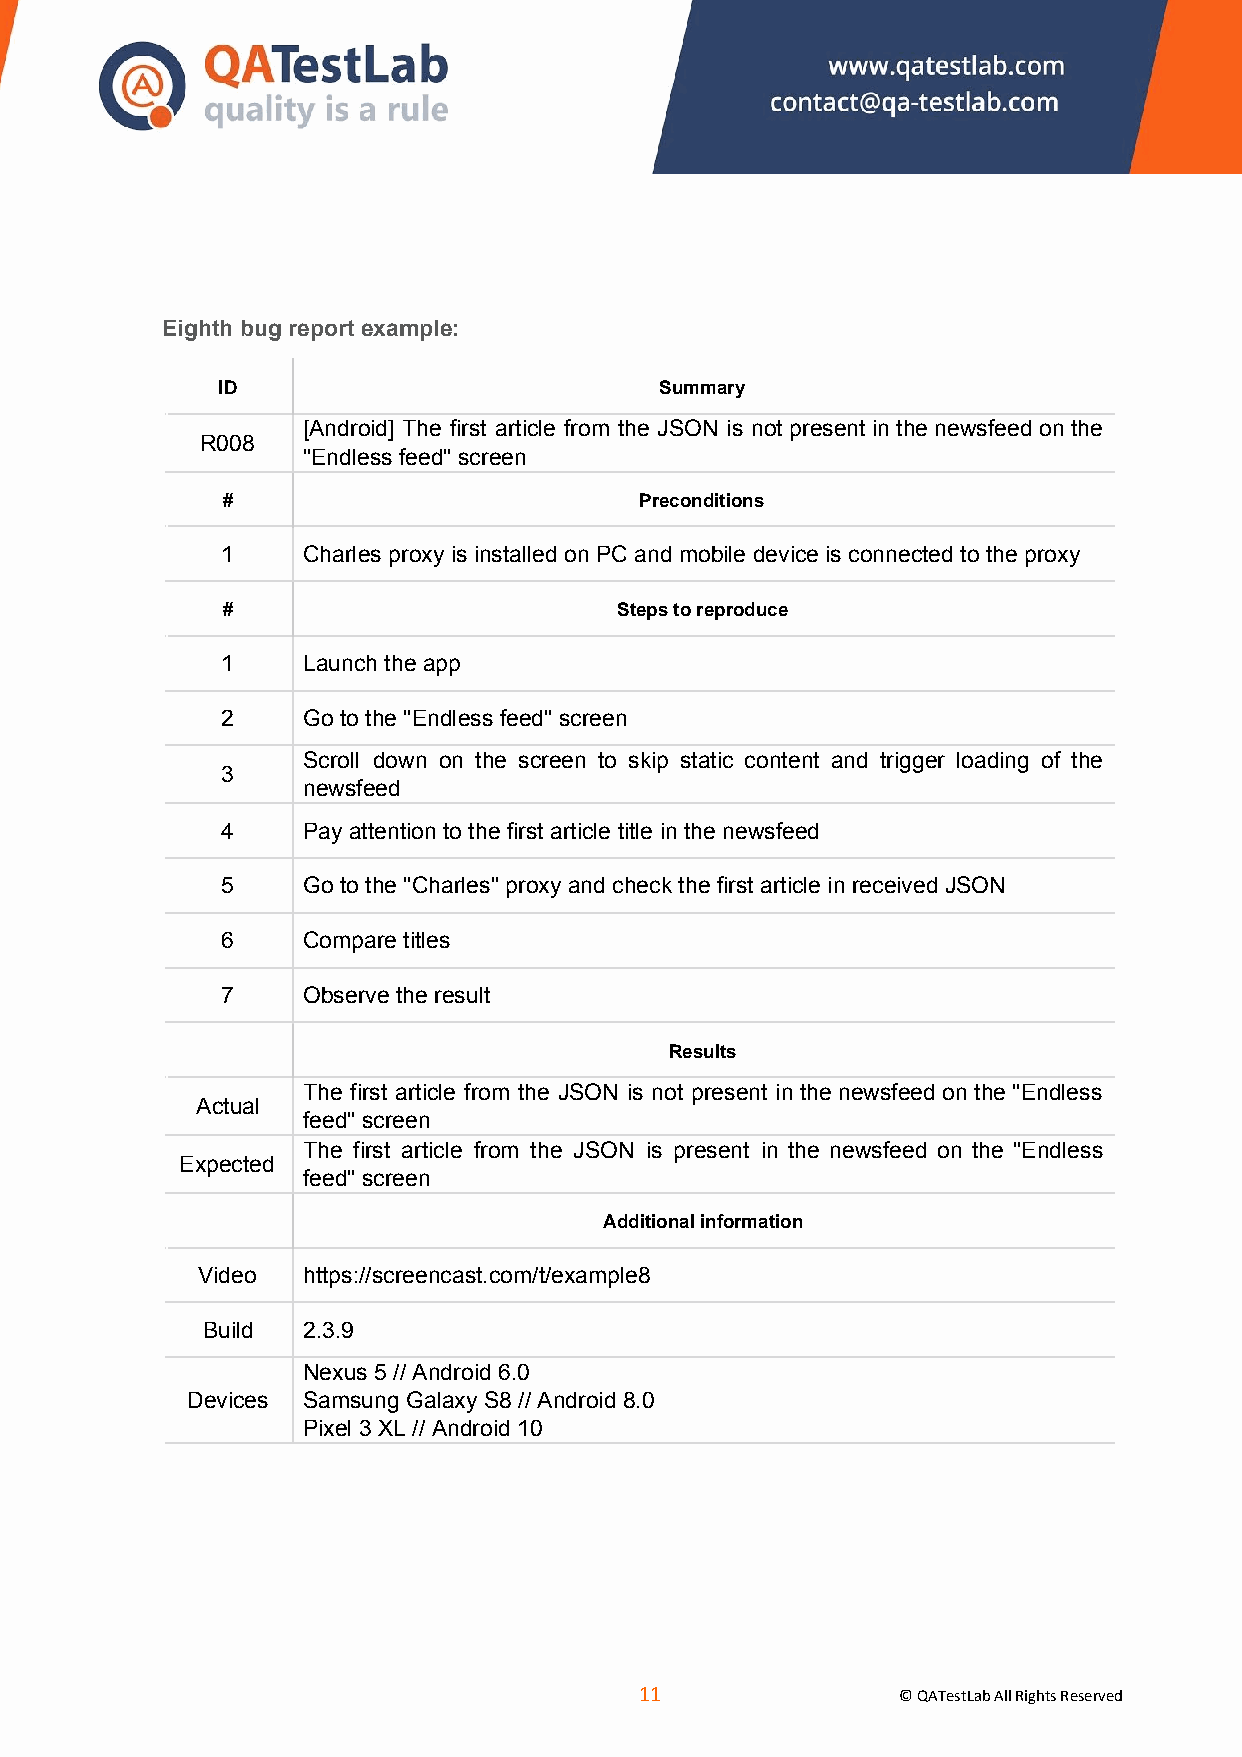
Eighth bug report example:
 ID                            Summary
 [Android] The first article from the JSON is not present in the newsfeed on the
 R008
 "Endless feed" screen
 #                          Preconditions
 1    Charles proxy is installed on PC and mobile device is connected to the proxy
 #                         Steps to reproduce
 1    Launch the app
 2    Go to the "Endless feed" screen
 Scroll down on the screen to skip static content and trigger loading of the
 3
 newsfeed
 4    Pay attention to the first article title in the newsfeed
 5    Go to the "Charles" proxy and check the first article in received JSON
 6    Compare titles
 7    Observe the result
 Results
 The first article from the JSON is not present in the newsfeed on the "Endless
 Actual
 feed" screen
 The first article from the JSON is present in the newsfeed on the "Endless
 Expected
 feed" screen
 Additional information
 Video  https://screencast.com/t/example8
 Build  2.3.9
 Nexus 5 // Android 6.0
 Devices Samsung Galaxy S8 // Android 8.0
 Pixel 3 XL // Android 10
 ​11​
 © QATestLab All Rights Reserved